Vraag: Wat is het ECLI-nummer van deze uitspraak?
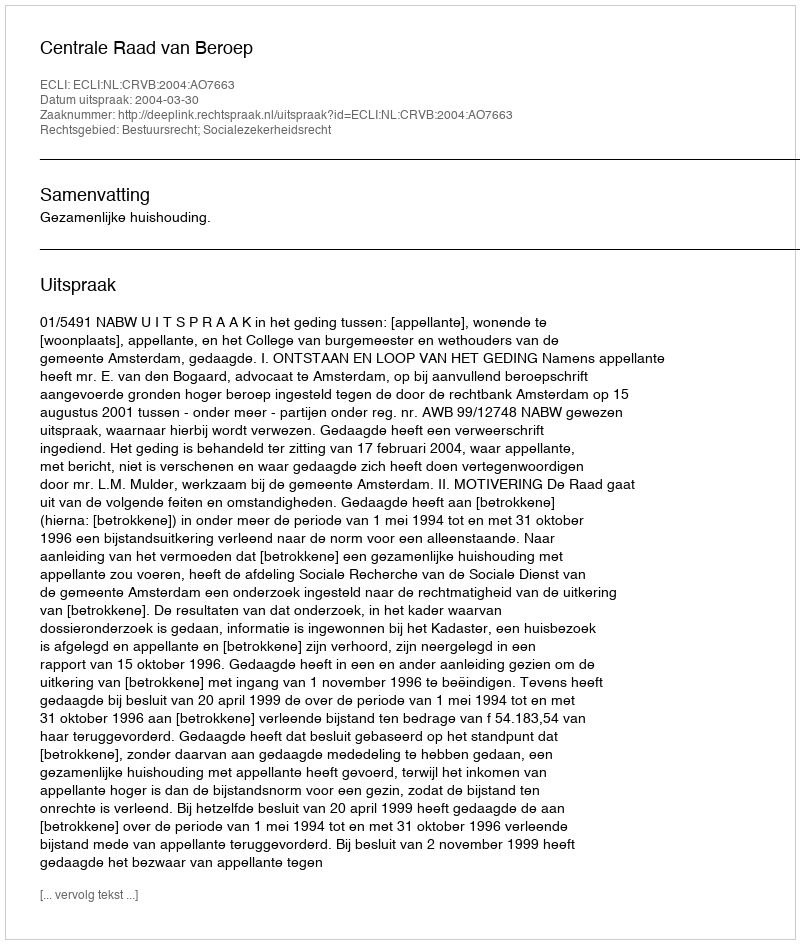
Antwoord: ECLI:NL:CRVB:2004:AO7663